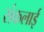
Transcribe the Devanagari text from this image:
संकलाई